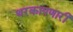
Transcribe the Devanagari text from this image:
थरकापणारी